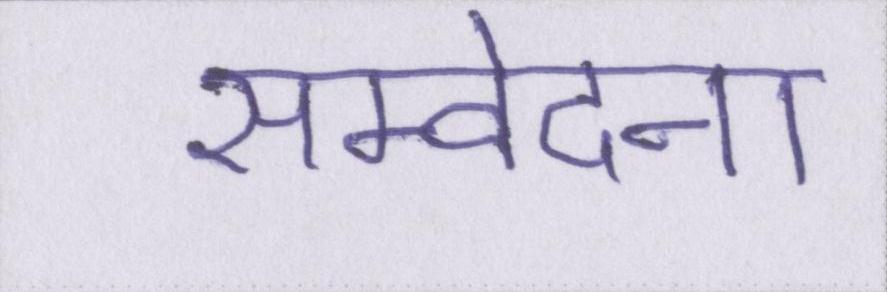
सम्वेदना